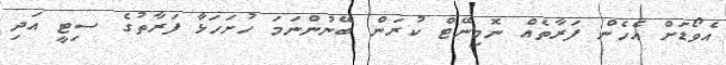
އެވޯޑަށް އެހެން ފަރާތެއް ނޮމިނޭޓް ކުރަން ބޭނުންނަމަ ހުށަހަޅާ ފަރާތުގެ ސިޓީ އަދި